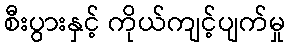
စီးပွားနှင့် ကိုယ်ကျင့်ပျက်မှု